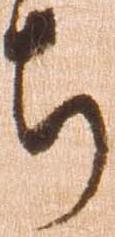
ち